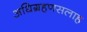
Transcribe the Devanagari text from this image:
अधिग्रहणसलाह